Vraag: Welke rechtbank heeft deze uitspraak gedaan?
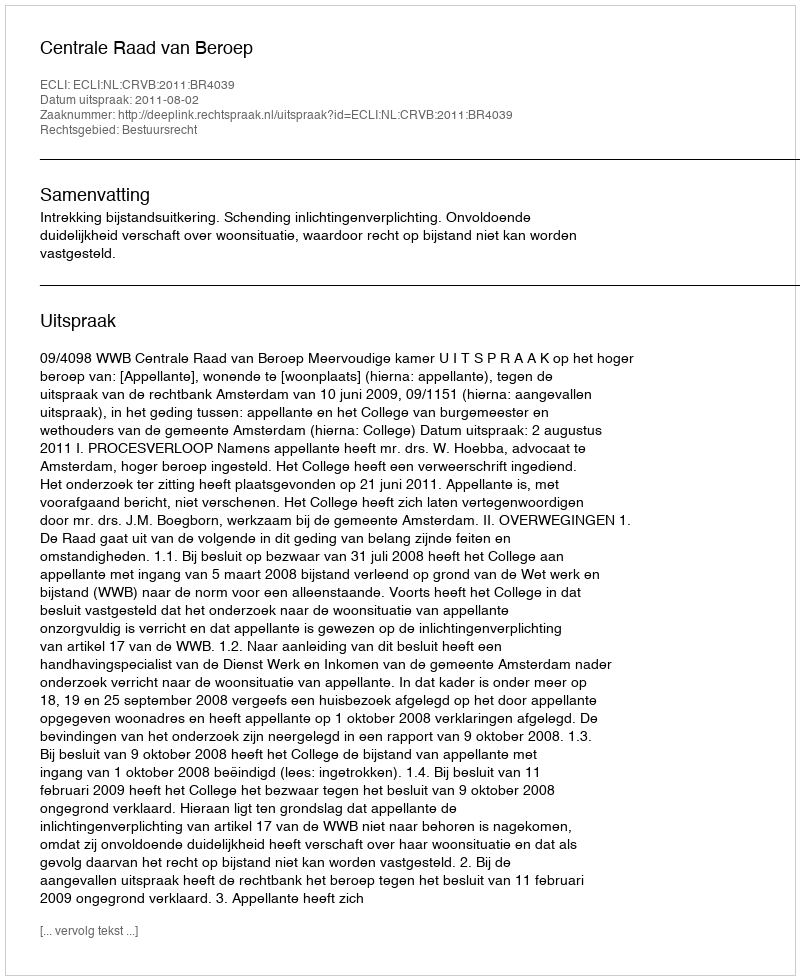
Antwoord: Centrale Raad van Beroep